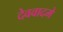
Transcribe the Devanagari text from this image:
देववादमे